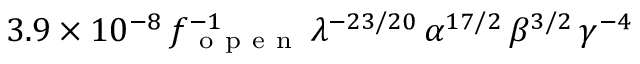
3 . 9 \times 1 0 ^ { - 8 } \, f _ { \mathrm { ~ o ~ p ~ e ~ n ~ } } ^ { - 1 } \, \lambda ^ { - 2 3 / 2 0 } \, \alpha ^ { 1 7 / 2 } \, \beta ^ { 3 / 2 } \, \gamma ^ { - 4 }